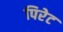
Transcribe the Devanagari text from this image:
पिरेट